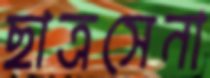
ছাত্রসেনা